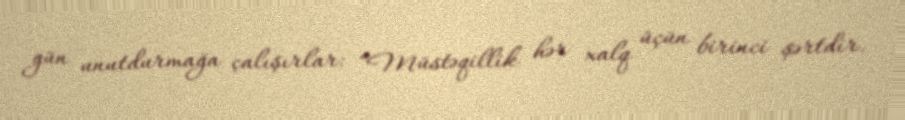
gün unutdurmağa çalışırlar: “Müstəqillik hər xalq üçün birinci şərtdir.